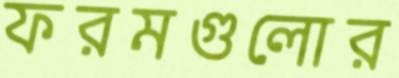
ফরমগুলোর